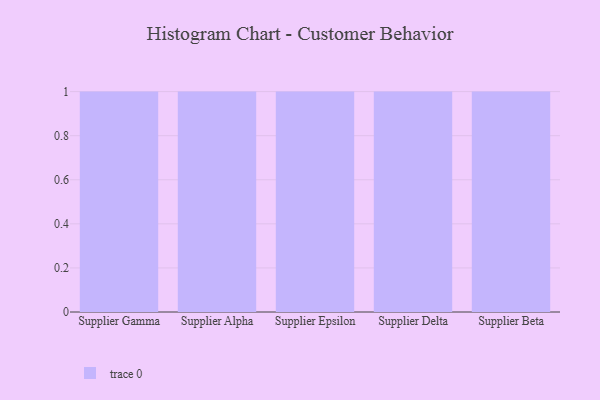
{"axis": {"x": "Supplier", "y": "Shipments"}, "legend": [""], "data": [{"x": "Supplier Gamma", "y": 42, "type": ""}, {"x": "Supplier Alpha", "y": 58, "type": ""}, {"x": "Supplier Epsilon", "y": 40, "type": ""}, {"x": "Supplier Delta", "y": 24, "type": ""}, {"x": "Supplier Beta", "y": 20, "type": ""}]}